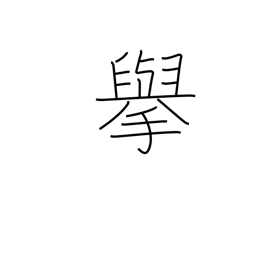
Meaning: actions